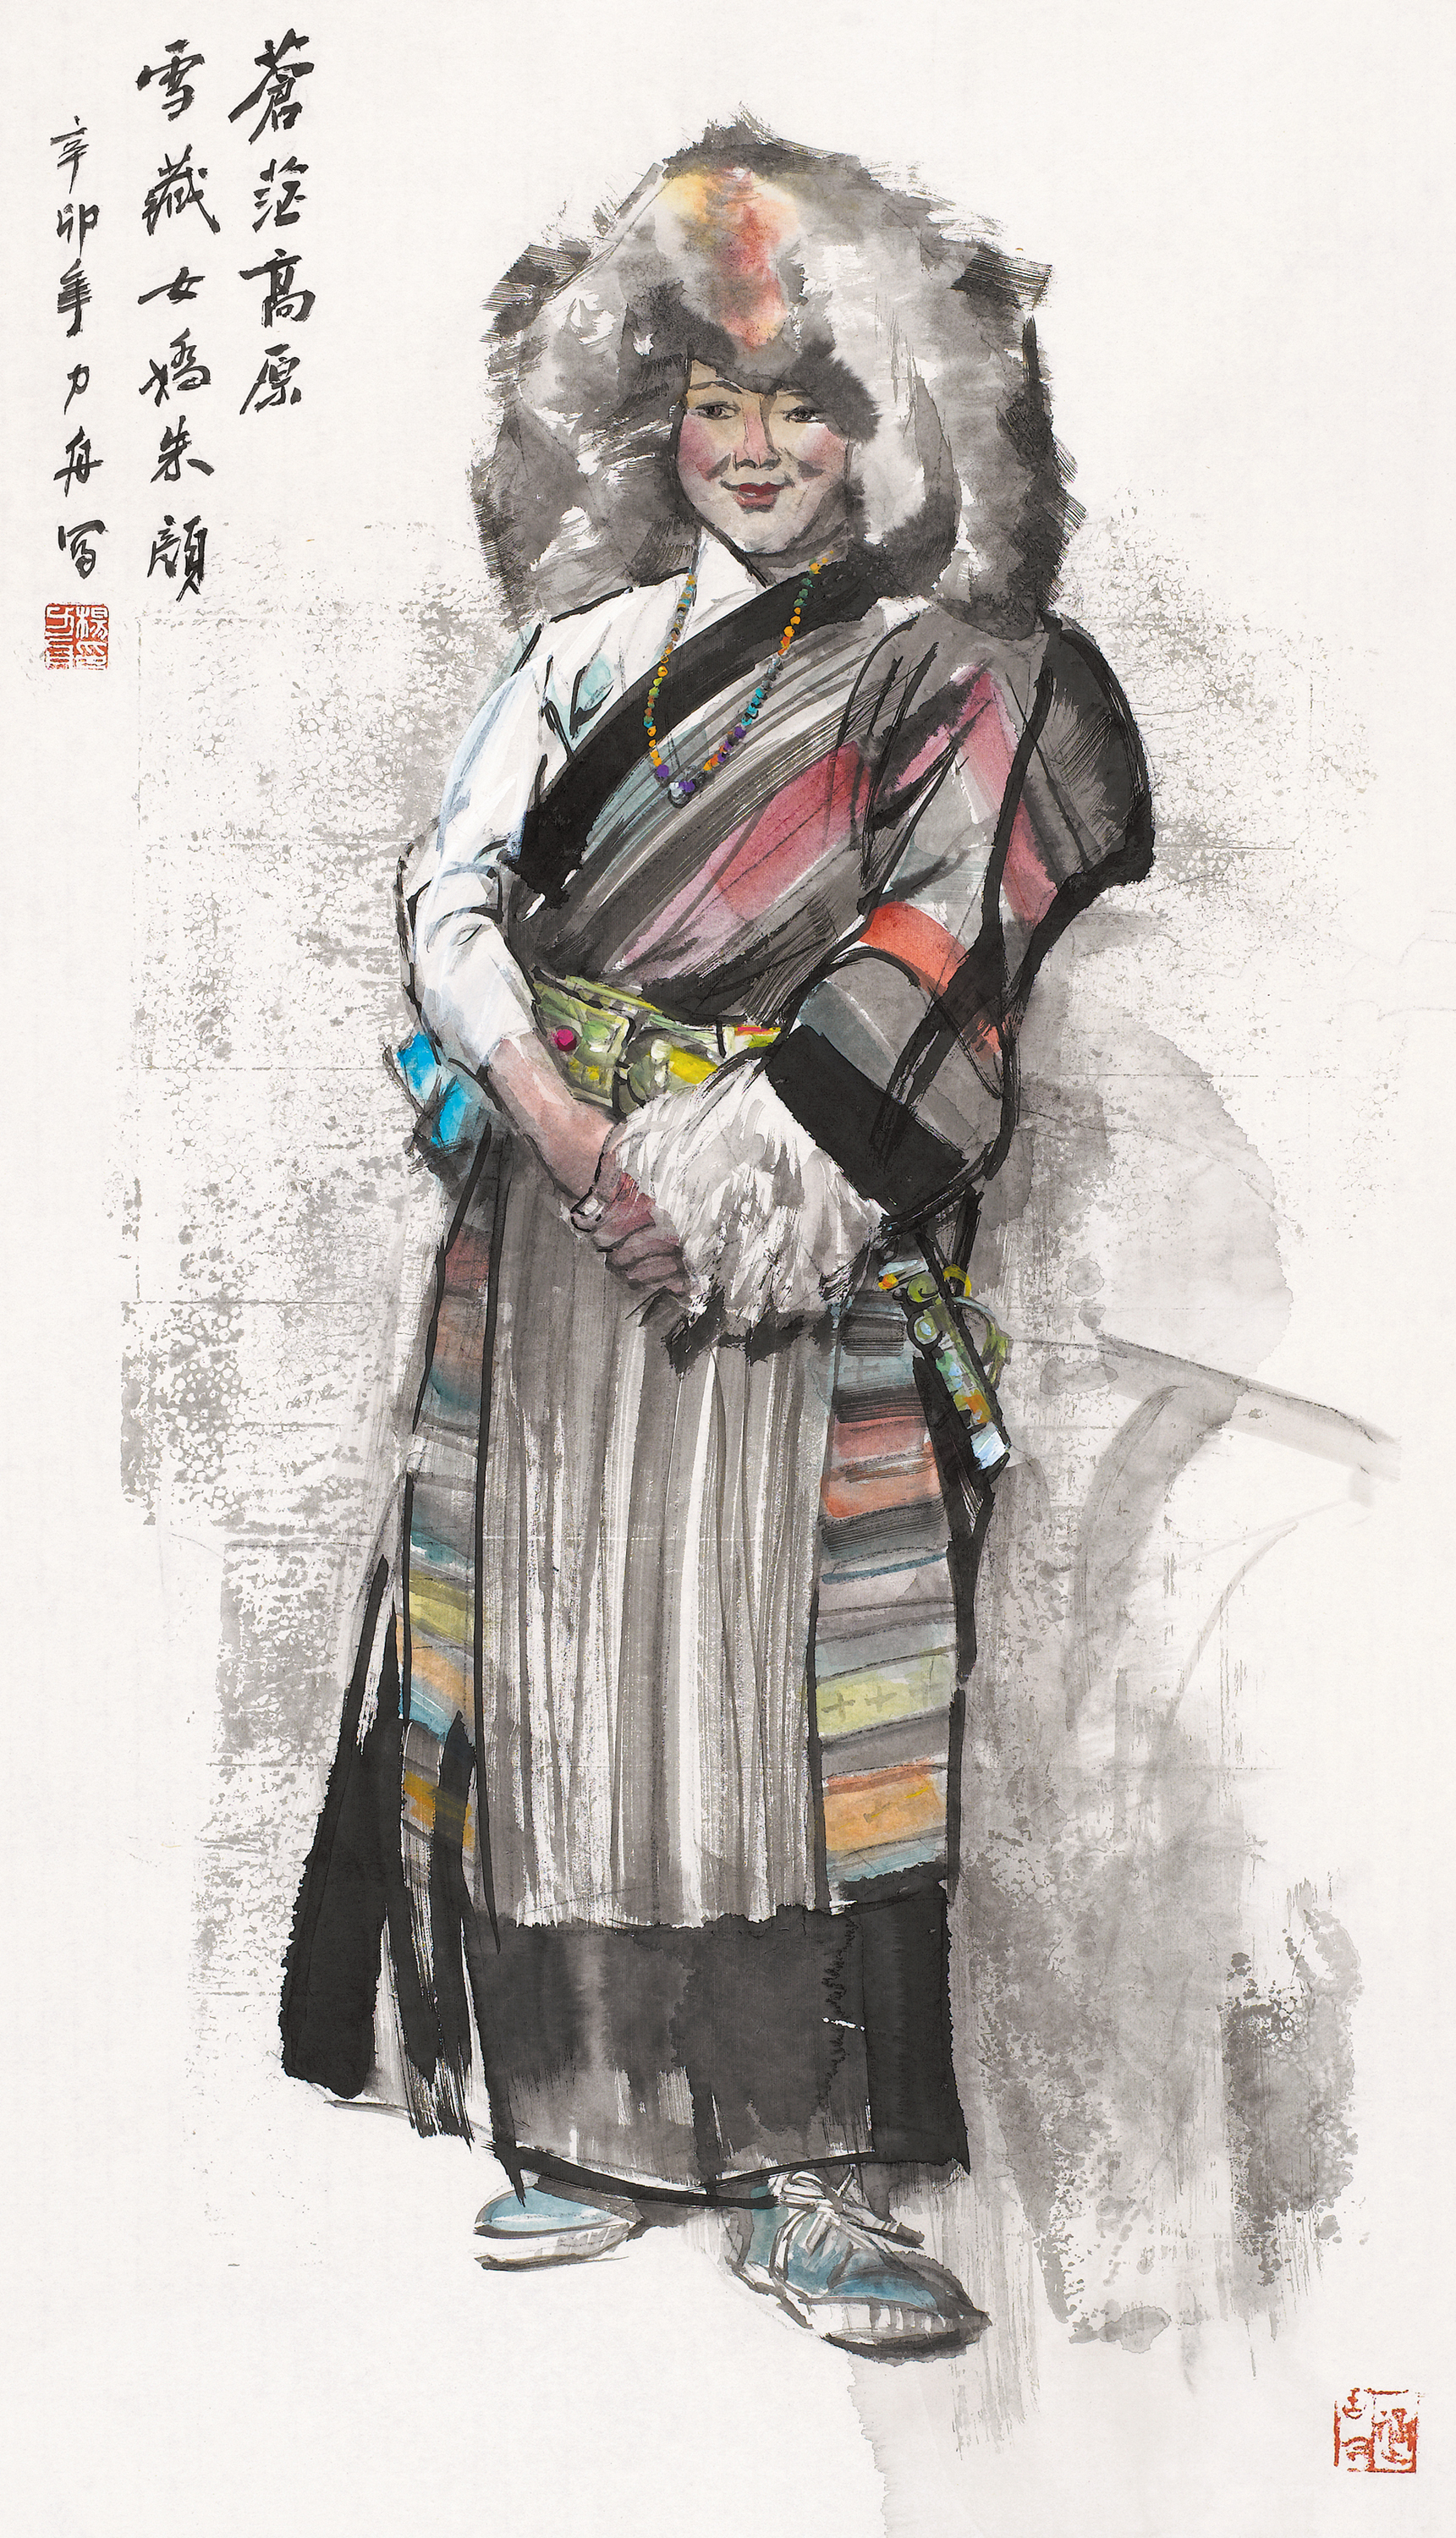
壮年何事憔悴，华发改朱颜。